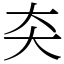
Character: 㚐